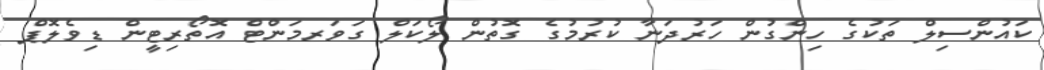
ކައުންސިލް ތަކުގެ ހިންގުން ހަރުދަނާ ކުރުމުގެ ގޮތުން ލޯކަލް ގަވަރމަންޓް އޮތޯރިޓީން ޑިވެލޮޕް